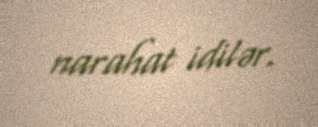
narahat idilər.